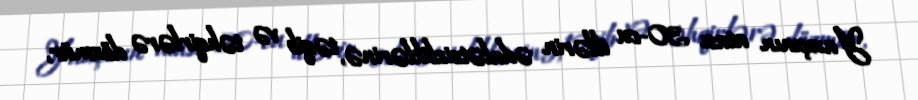
Yazıçının atası 30-cu illərin ədalətsizliklərinə, təqib və təhqirlərə dözmür,